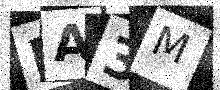
Text: BA3M